Annual report of the Imperial Bacteriologist
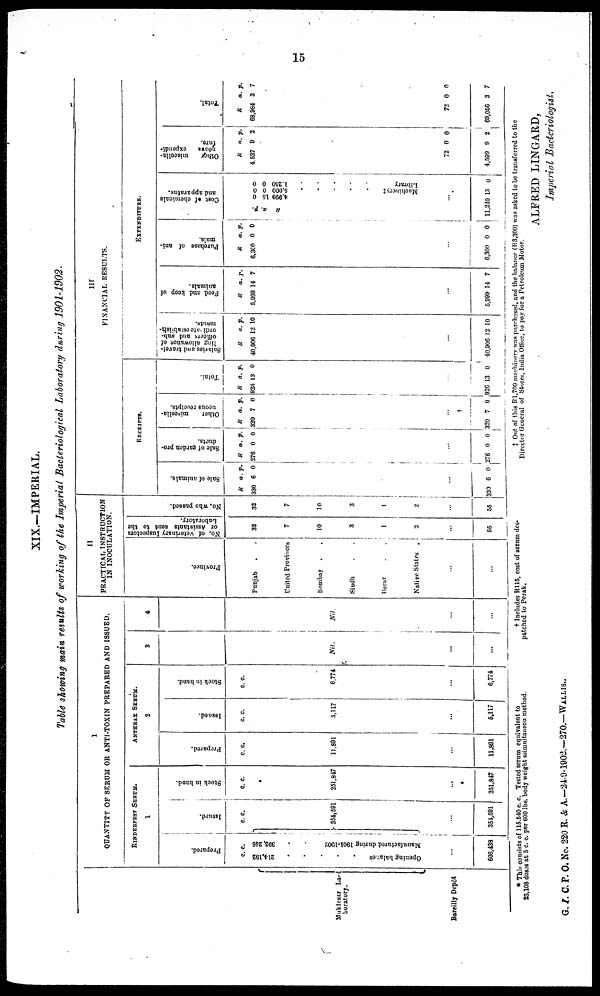
15
XIX.—IMPERIAL.
Table showing main results of working of the Imperial Bacteriological Laboratory during 1901-1902.
Muktesar La-{
boratory.
Bareilly Depôt
I
QUANTITY OF SERUM OR ANTI-TOXIN PREPARED AND ISSUED.
RINDERPEST
SERUM.
1
Prepared.
c. c.
214,192
392,246
Opening
balance
Manufactured during 1901-1902
...
606,438
Issued.
c. c.
} 354,591
...
354,591
Stock in hand.
c. c.
251,847
...
*
251,847
ANTHRAX SERUM.
2
Prepared.
c. c.
11,891
...
11,891
Issued.
c. c.
5,117
...
5,117
Stock in hand.
c. c.
6,774
...
6,774
3
Nil.
...
...
4
Nil.
...
...
II
PRACTICAL INSTRUCTION
IN INOCULATION.
Province.
Punjab . .
United Provinces
Bombay . .
Sindh . .
Berar
.
.
Native States .
...
...
No. of veterinary Inspectors
or Assistants sent to the
Laboratory.
32
7
10
3
1
2
...
55
No. who passed.
32
7
10
3
1
2
...
55
III
FINANCIAL RESULTS.
RECEIPTS.
Sale of animals.
R
330
330
a.
6
...
6
p.
0
0
Sal e of garden pro¬
duct s .
R
276
....
276
a.
0
0
p.
0
0
Ot he r miscella-
ne ous receipts.
R
320
...
†
320
a.
7
7
p.
0
0
Tot al .
R
926
...
926
a.
13
13
p.
0
0
EXPENDITURE.
Sal ari es and t ravel -
l i ng allowance of
officers and sub¬
ordinate establish-
ments.
R
40,906
...
40,906
a.
12
12
p.
10
10
Feed and keep of
animals.
R
5,999
...
5,999
a.
14
14
p.
7
7
Pur c has e of ani¬
mals.
R
6300
...
6,300
a.
0
0
p.
0
0
Cos t of chemicals
and apparatus.
R
4,999
5,000 1,250
a.
15
0
0
p.
0
0
0
Ma c hine r y ‡
Library
...
11,249 15
0
Ot her mi s ccl l
a-
neous expendi-
t ure.
R
4,527
72
4,599
a.
9
0
9
p.
2
0
2
Tot al .
R
68,984
72
69,056
a.
3
0
3
p.
7
0
7
* This consists of 115.540 c. c. Tested serum equivalent to
†
Includes R115, cost of serum
des¬
‡
Out of this R 1,700 machinery was purchased, find the balance (R3,300) was asked to be transferred to the
23,108 doses at 5 c. c. per 600 lbs. body weight ssimultaneou method.
patched to Perak.
Director General of Stores, India Office, to pay for a Petroleum Motor.
ALFRED LINGARD,
Imperial Bacteriologist.
G. I. C. P. O. No. 220 R. & A.—24-9-1902.—270.—WALLIS..